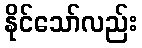
နိုင်သော်လည်း